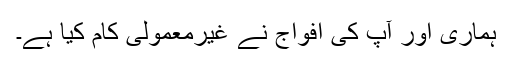
ہماری اور آپ کی افواج نے غیرمعمولی کام کیا ہے۔